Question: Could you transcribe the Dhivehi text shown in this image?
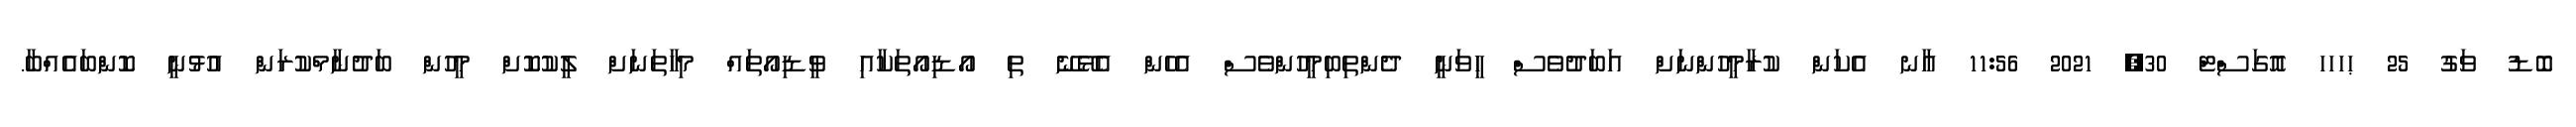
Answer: ބޮޑު ވަގު 25 ޙހހހ އޮގަސްޓް 30, 2021 11:56 އާނ އެކަން ކުރާމީހުންނަށް އަބަދުވެސް ހީވަނީ ދެންތިބިމީހުންވެސް އެހެން އެޅޭނޭ ތި އޯޑިއޯތަކާއި ވީޑިއޯތައް މިހާތަނަށް ލީކުކޮށް މީހުން ބަދުނާމްކުރަން އުޅުނީ ކޮންބައެއްބާ.